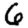
Digit: 6